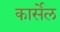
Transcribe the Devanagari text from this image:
कार्सेल